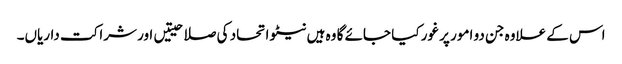
اس کے علاوہ جن دو امور پر غور کیا جائے گا وہ ہیں نیٹو اتحاد کی صلاحیتیں اور شراکت داریاں۔